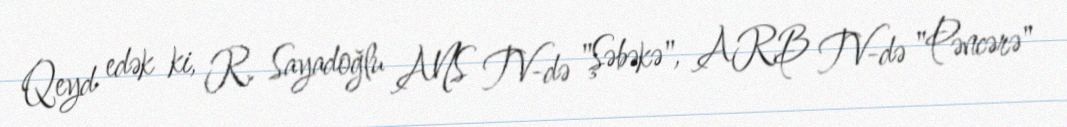
Qeyd edək ki, R. Sayadoğlu ANS TV-də "Şəbəkə", ARB TV-də "Pəncərə"